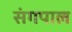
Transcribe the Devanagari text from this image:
संगपाल